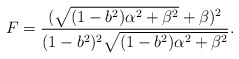
\begin{align*}F=\frac{(\sqrt{(1-b^2)\alpha^2+\beta^2}+\beta)^2}{(1-b^2)^2\sqrt{(1-b^2)\alpha^2+\beta^2}}.\end{align*}